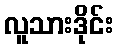
လူသားဒိုင်း